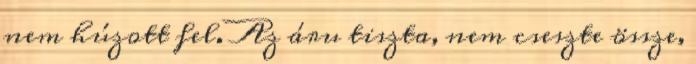
nem húzott fel. Az áru tiszta, nem cseszte össze,